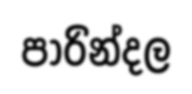
පාරින්දල